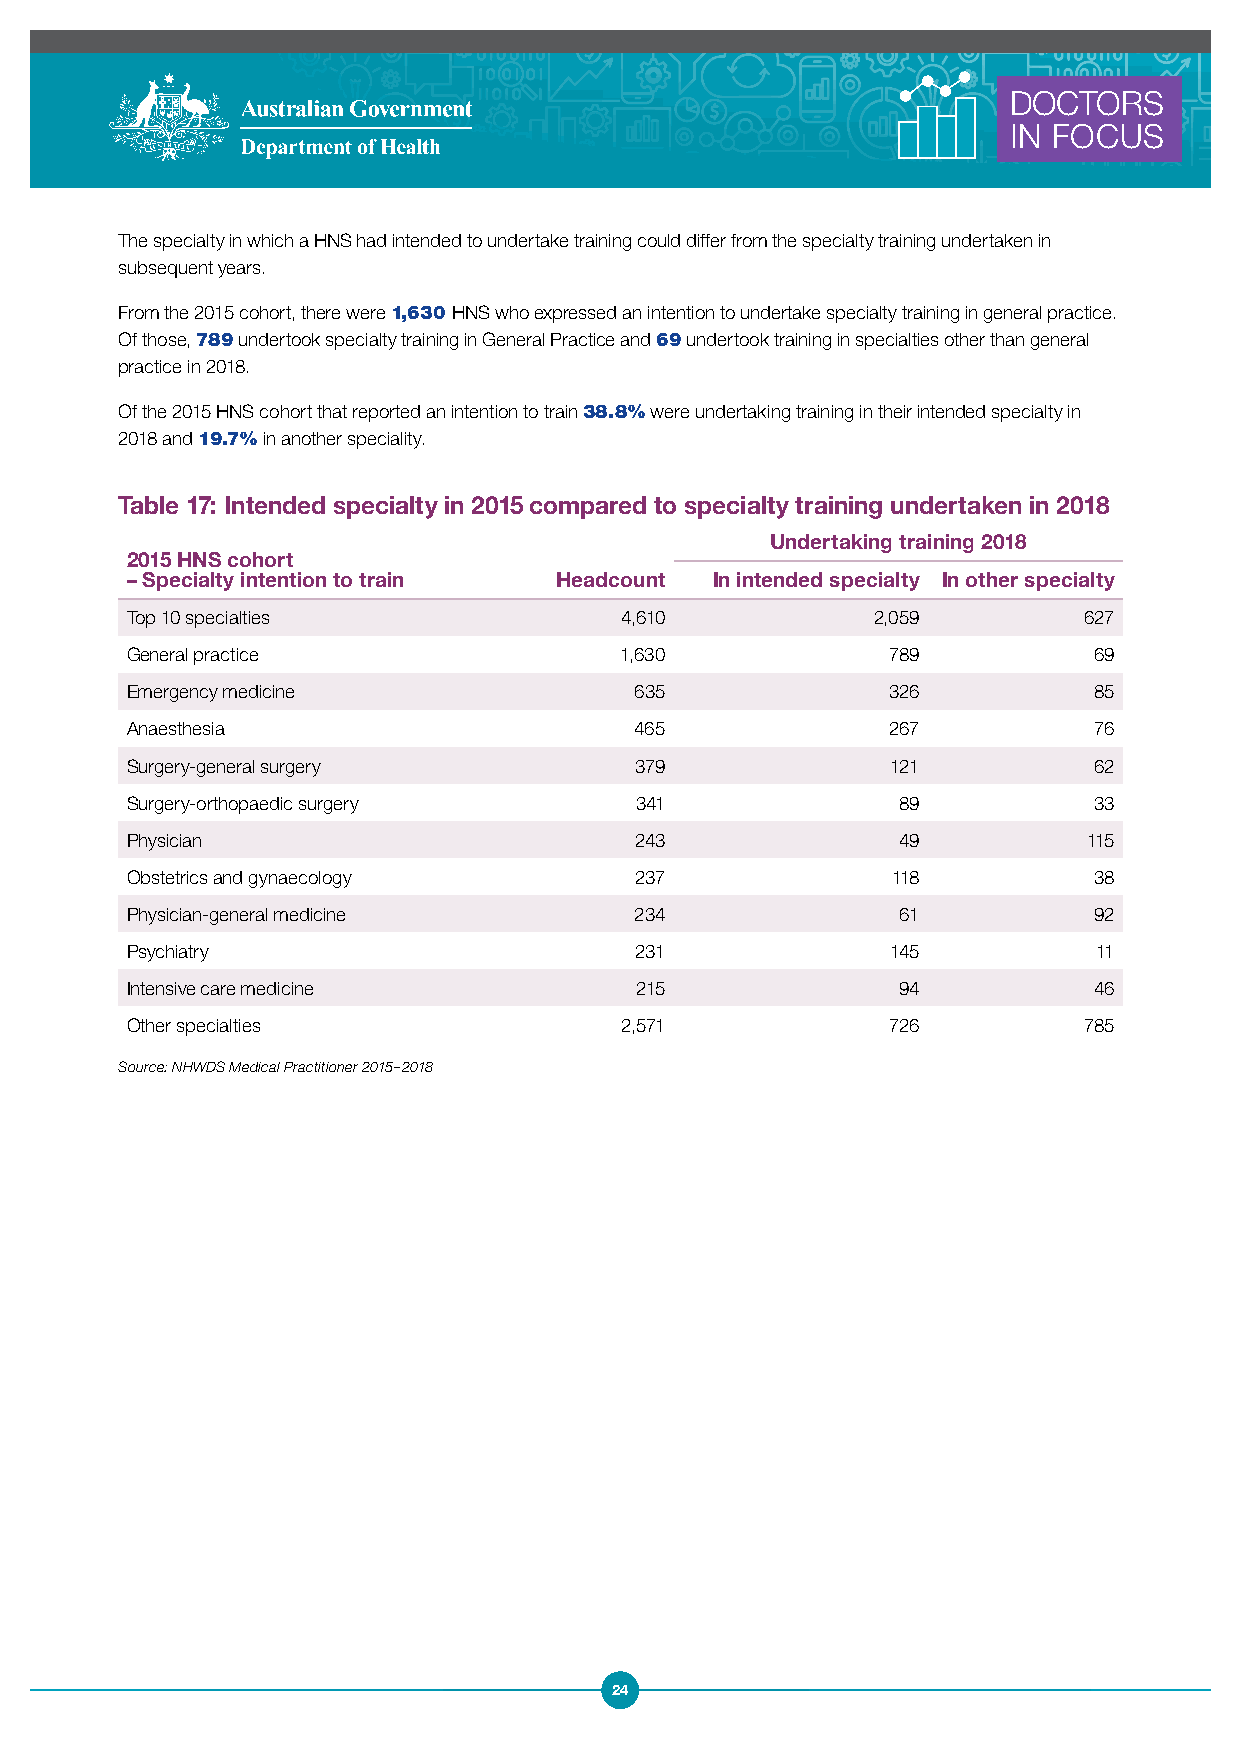
DOCTORS
 IN FOCUS
 The specialty in which a HNS had intended to undertake training could differ from the specialty training undertaken in
 subsequent years.
 From the 2015 cohort, there were 1,630 HNS who expressed an intention to undertake specialty training in general practice.
 Of those, 789 undertook specialty training in General Practice and 69 undertook training in specialties other than general
 practice in 2018.
 Of the 2015 HNS cohort that reported an intention to train 38.8% were undertaking training in their intended specialty in
 2018 and 19.7% in another speciality.
 Table 17: Intended specialty in 2015 compared to specialty training undertaken in 2018
 Undertaking training 2018
 2015 HNS cohort
 – Specialty intention to train Headcount In intended specialty In other specialty
 Top 10 specialties               4,610            2,059         627
 General practice                 1,630             789          69
 Emergency medicine                635              326          85
 Anaesthesia                       465              267          76
 Surgery-general surgery           379              121          62
 Surgery-orthopaedic surgery       341              89           33
 Physician                         243              49           115
 Obstetrics and gynaecology        237              118          38
 Physician-general medicine        234              61           92
 Psychiatry                        231              145          11
 Intensive care medicine           215              94           46
 Other specialties                2,571             726          785
 Source: NHWDS Medical Practitioner 2015–2018
 24